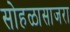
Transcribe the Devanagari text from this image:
सोहळासाजरा